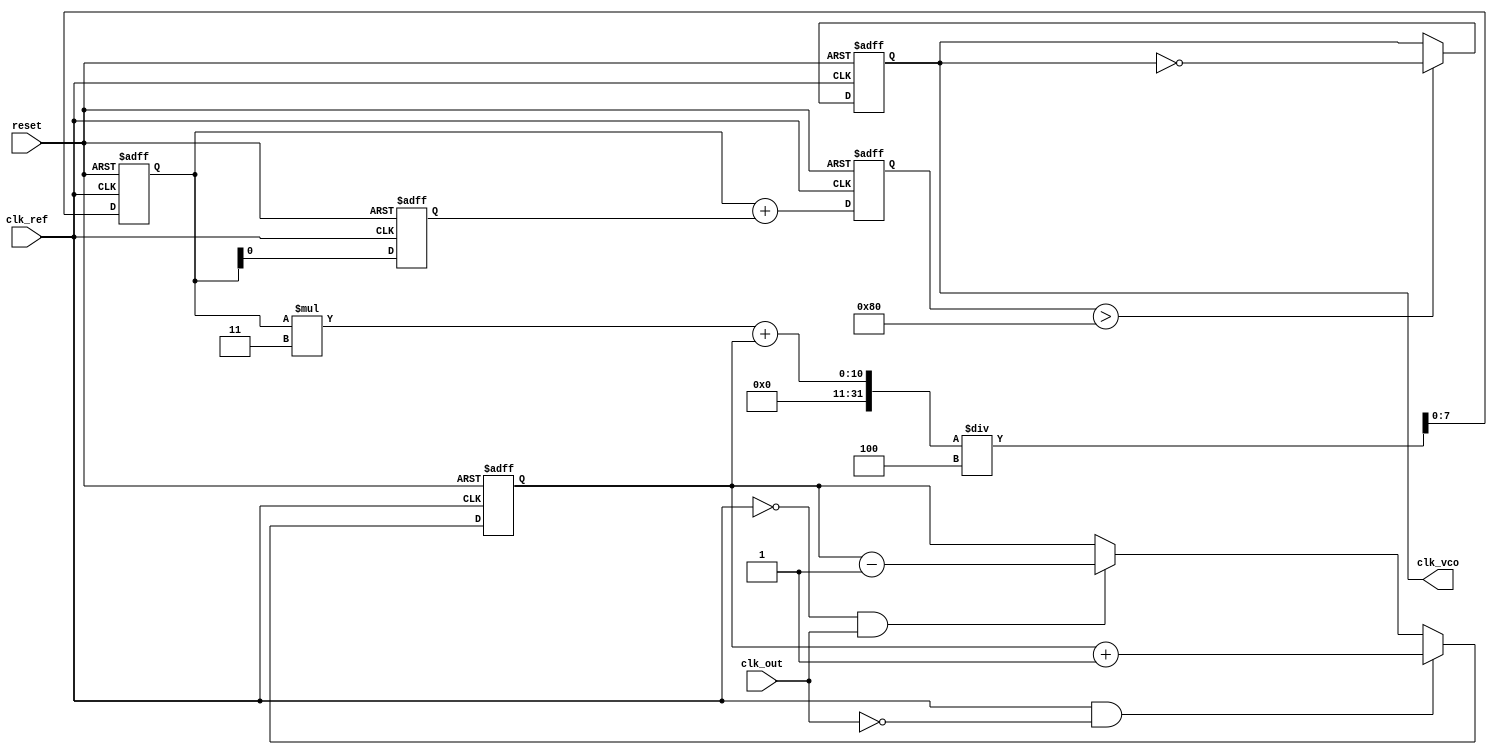
module dpll (
    input wire clk_ref,          // Reference clock
    input wire clk_out,          // Output clock
    input wire reset,            // Reset signal
    output reg clk_vco           // VCO output clock
);

// Parameters
parameter MEMORY_SIZE = 16;    // Size of the memory block
parameter FILTER_COEFF = 4;     // Coefficient for the loop filter

// Internal signals
reg [MEMORY_SIZE-1:0] memory_block; // Memory block for phase adjustments
reg [7:0] phase_error;              // Phase error signal
reg [7:0] control_signal;            // Control signal from loop filter
reg [7:0] vco_frequency;             // VCO frequency control

// Phase Detector (PD)
always @(posedge clk_ref or posedge reset) begin
    if (reset) begin
        phase_error <= 0;
    end else begin
        // Simple phase comparison logic
        if (clk_ref && !clk_out) begin
            phase_error <= phase_error + 1; // Output clock is lagging
        end else if (!clk_ref && clk_out) begin
            phase_error <= phase_error - 1; // Output clock is leading
        end
    end
end

// Loop Filter (LF)
always @(posedge clk_ref or posedge reset) begin
    if (reset) begin
        control_signal <= 0;
    end else begin
        // Simple low-pass filter implementation
        control_signal <= (control_signal * (FILTER_COEFF - 1) + phase_error) / FILTER_COEFF;
    end
end

// Memory Block
always @(posedge clk_ref or posedge reset) begin
    if (reset) begin
        memory_block <= 0;
    end else begin
        // Store control signals in memory for adaptive tuning
        memory_block <= {memory_block[MEMORY_SIZE-2:0], control_signal[0]}; // Shift in control signal
    end
end

// Voltage-Controlled Oscillator (VCO)
always @(posedge clk_ref or posedge reset) begin
    if (reset) begin
        vco_frequency <= 0;
        clk_vco <= 0;
    end else begin
        // Adjust VCO frequency based on control signal and memory
        vco_frequency <= control_signal + memory_block[0]; // Example adjustment
        // Generate output clock based on VCO frequency
        clk_vco <= (vco_frequency > 128) ? ~clk_vco : clk_vco; // Simple toggle based on frequency
    end
end

endmodule